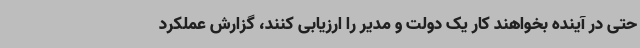
حتی در آینده بخواهند کار یک دولت و مدیر را ارزیابی کنند، گزارش عملکرد